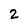
Character: 2